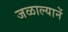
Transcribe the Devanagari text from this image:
जळाल्यानें